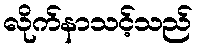
လိုက်နာသင့်သည်